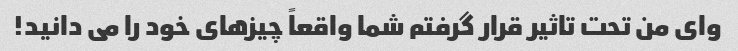
وای من تحت تاثیر قرار گرفتم شما واقعاً چیزهای خود را می دانید!